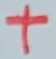
Text: +